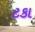
ટકા